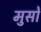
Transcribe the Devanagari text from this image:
मुसों